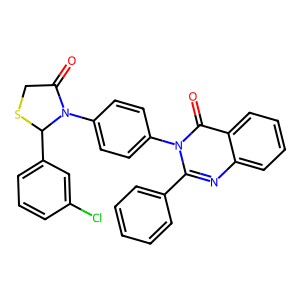
SMILES: O=C1CSC(c2cccc(Cl)c2)N1c1ccc(-n2c(-c3ccccc3)nc3ccccc3c2=O)cc1
Inhibits HIV replication: No